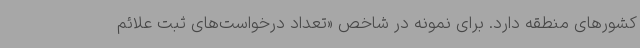
کشورهای منطقه دارد. برای نمونه در شاخص «تعداد درخواست‌های ثبت علائم